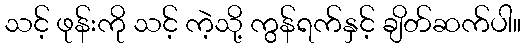
သင့် ဖုန်းကို သင့် ကဲ့သို့ ကွန်ရက်နှင့် ချိတ်ဆက်ပါ။